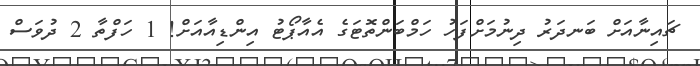
ޗައިނާއަށް ބަނދަރު ދިނުމަށްފަހު ހަމްބަންތޮޓަގެ އެއާޕޯޓު އިންޑިއާއަށް! 1 ހަފްތާ 2 ދުވަސް